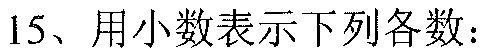
15、用小数表示下列各数：